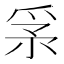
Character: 𤔍